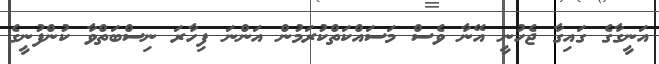
އަނީގާގެ ގައިގާ ޖެހުނީ އޭނާ ވެސް މަސައްކަތްކުރަމުން އަންނަ ފިހާރަ ނިސްބަތްވާ ކުންފުނީގެ